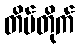
တိမ်တိုက်